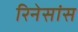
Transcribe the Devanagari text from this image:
रिनेसांस